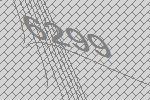
6299